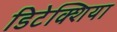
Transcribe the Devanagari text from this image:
डिटेक्शिया